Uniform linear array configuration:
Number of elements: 12
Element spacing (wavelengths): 0.75
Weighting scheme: cosine
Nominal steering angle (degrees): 60
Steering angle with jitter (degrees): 59.696
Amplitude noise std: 0.05
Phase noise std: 0.05

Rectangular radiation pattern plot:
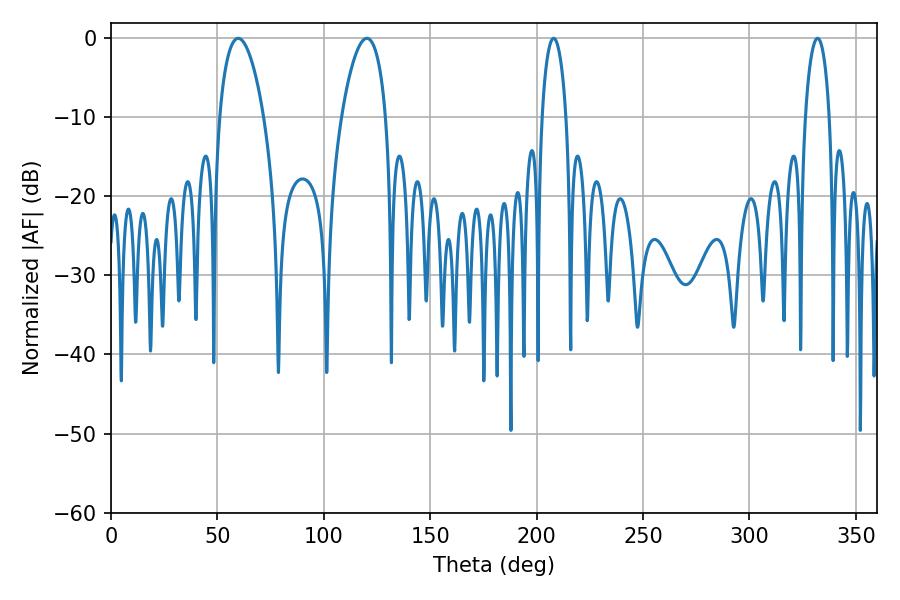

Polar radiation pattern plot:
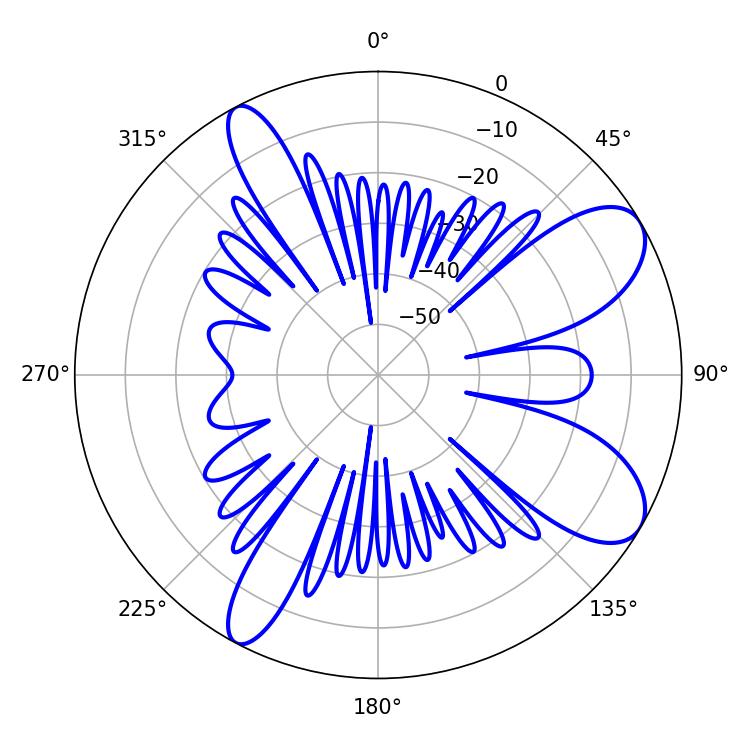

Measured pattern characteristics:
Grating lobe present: TRUE
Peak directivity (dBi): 8.833
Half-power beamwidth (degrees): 11.52
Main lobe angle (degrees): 59.76